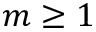
m \ge 1